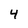
Character: 4